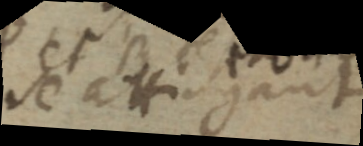
se attingant